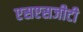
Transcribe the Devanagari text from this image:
एसएसजीटी